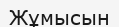
Жұмысын